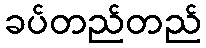
ခပ်တည်တည်